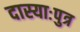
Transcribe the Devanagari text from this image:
दास्याःपुत्र